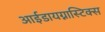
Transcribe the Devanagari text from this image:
आईडायग्नास्टिक्स